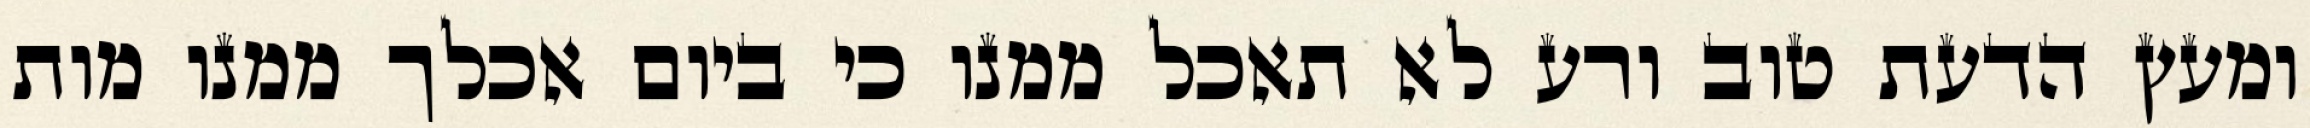
ומעץ הדעת טוב ורע לא תאכל ממנו כי ביום אכלך ממנו מות